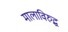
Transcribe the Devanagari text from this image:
मालाविरुद्ध